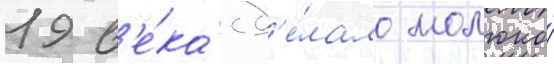
19 в'е́ка сд'е́лало молоко́